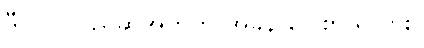
ဒီပုလဲ လည်ဆွဲအတွက် အခွန် ပြေစာ ရှိလား။